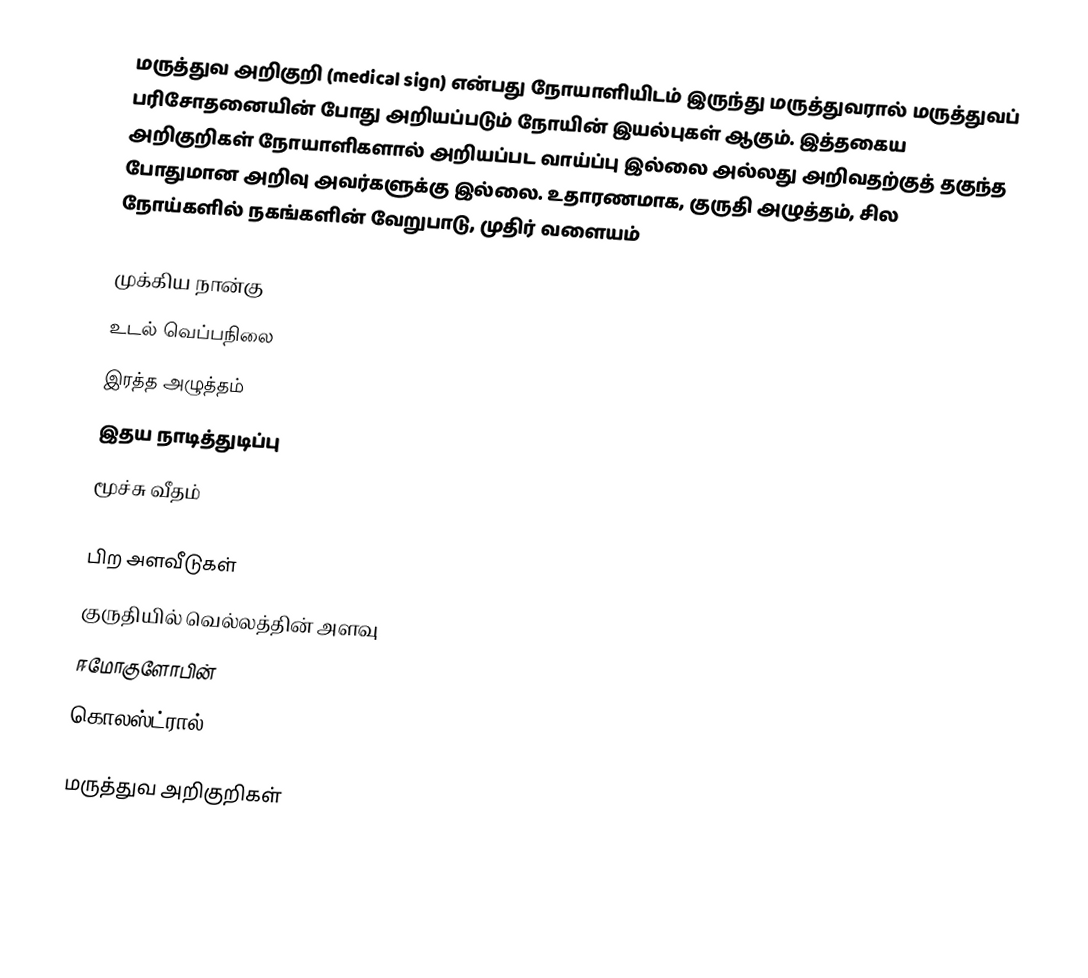
மருத்துவ அறிகுறி (medical sign) என்பது நோயாளியிடம் இருந்து மருத்துவரால் மருத்துவப் பரிசோதனையின் போது அறியப்படும் நோயின் இயல்புகள் ஆகும். இத்தகைய அறிகுறிகள் நோயாளிகளால் அறியப்பட வாய்ப்பு இல்லை அல்லது அறிவதற்குத் தகுந்த போதுமான அறிவு அவர்களுக்கு இல்லை. உதாரணமாக, குருதி அழுத்தம், சில நோய்களில் நகங்களின் வேறுபாடு, முதிர் வளையம்

முக்கிய நான்கு
 உடல் வெப்பநிலை
 இரத்த அழுத்தம்
 இதய நாடித்துடிப்பு
 மூச்சு வீதம்

பிற அளவீடுகள்
 குருதியில் வெல்லத்தின் அளவு
 ஈமோகுளோபின்
 கொலஸ்ட்ரால்

மருத்துவ அறிகுறிகள்